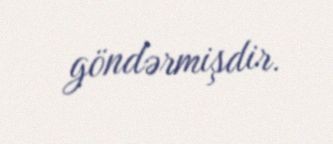
göndərmişdir.